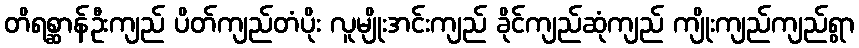
တိရစ္ဆာန်ဦးကျည် ပိတ်ကျည်တံပိုး လူမျိုးအင်းကျည် ခိုင်ကျည်ဆုံကျည် ကျိုးကျည်ကျည်ရွာ